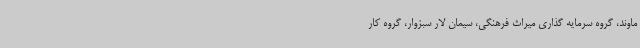
ماوند، گروه سرمایه گذاری میراث فرهنگی، سیمان لار سبزوار، گروه کار